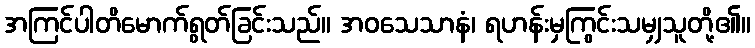
အကြင်ပါတိမောက်ရွတ်ခြင်းသည်။ အဝသေသာနံ၊ ရဟန်းမှကြွင်းသမျှသူတို့၏။